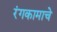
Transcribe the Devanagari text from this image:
रंगकामाचे